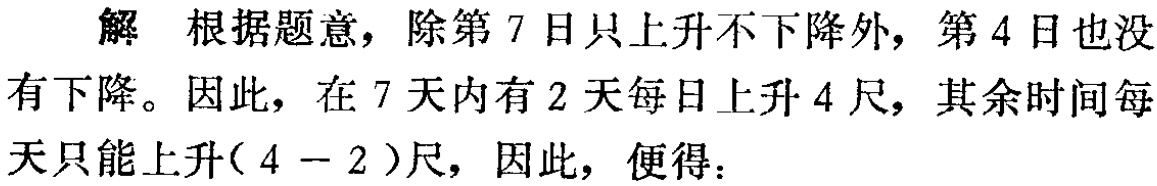
解 根据题意，除第 7 日只上升不下降外，第 4 日也没

有下降。因此，在 7 天内有 2 天每日上升 4 尺，其余时间每

天只能上升( \(4 - 2\) )尺，因此，便得：